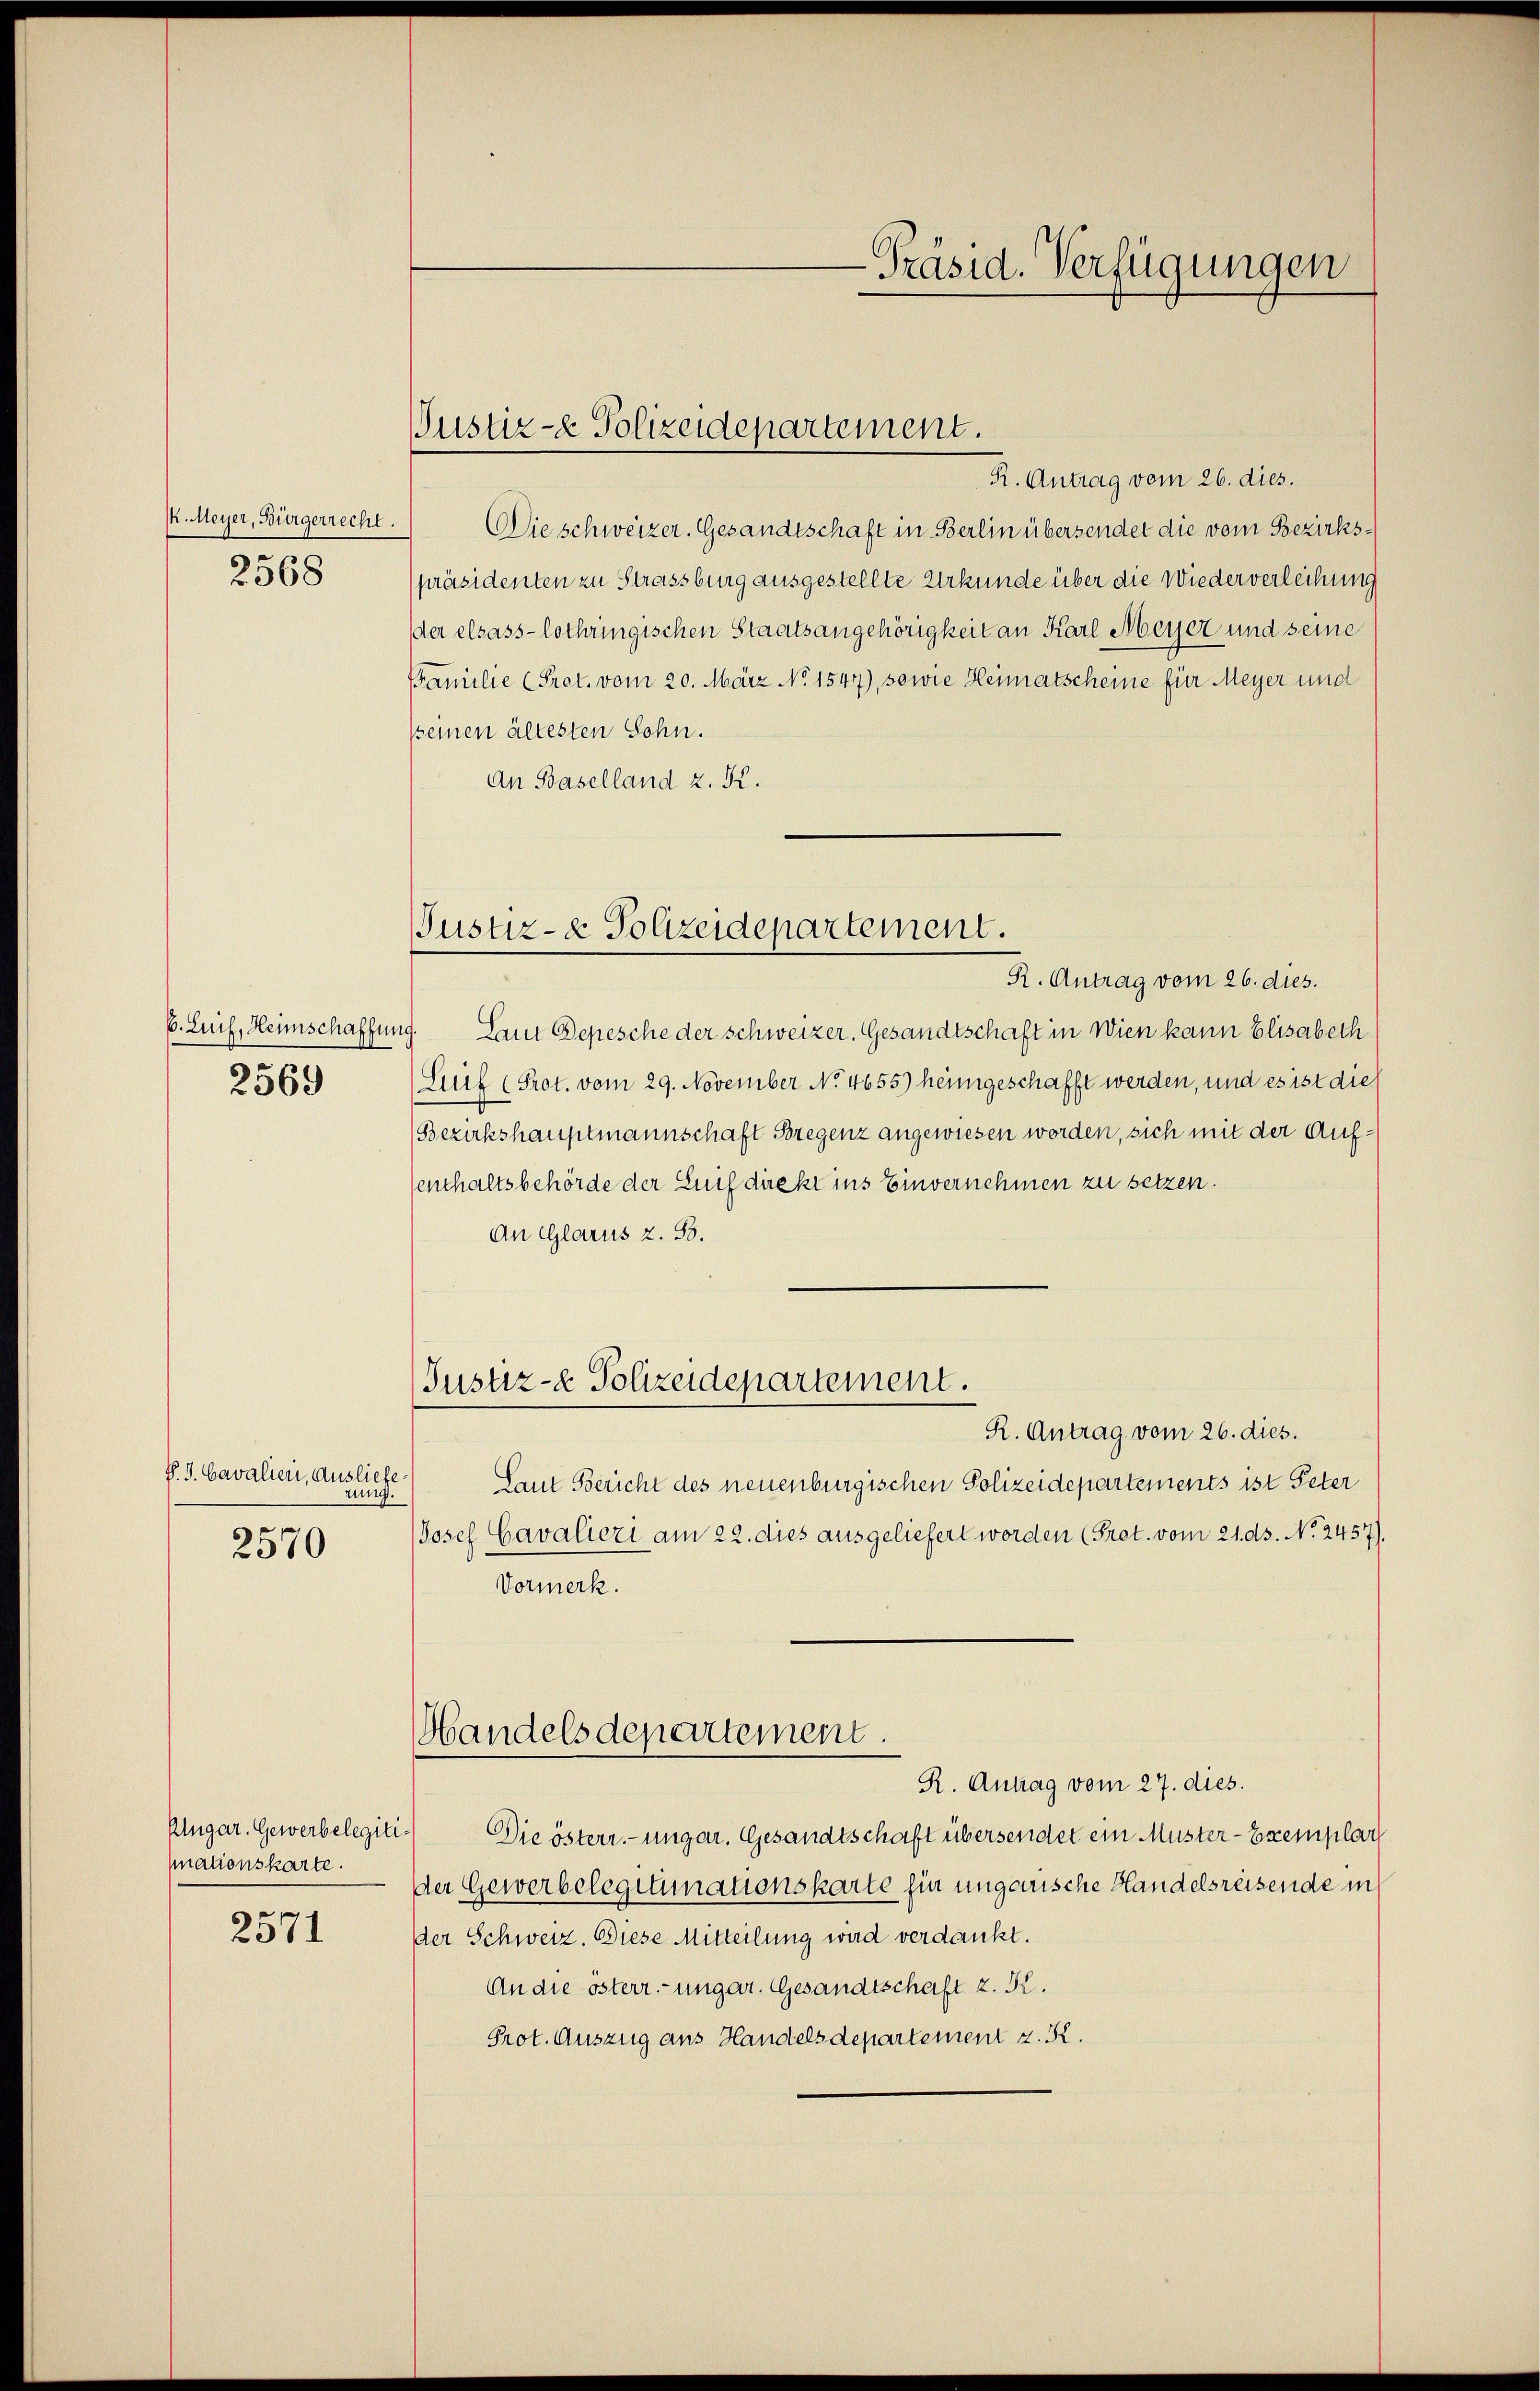
K. Meyer, Bürgerrecht.
2568

b. Luif, Heimschaffen
2569

P. J. Cavalien, Ausliefe.
rung.
2570

Plugar. Gewerbelegitinationskarte.

2571

Justiz- & Polizeidepartement.

Justiz- & Polizeidepartement.

-Präsid. Verfügungen

R. Antrag vom 26. dies.
Die schweizer. Gesandtschaft in Berlin übersendet die vom Bezirkspräsidenten zu Strassburg ausgestellte Urkunde über die Wiederverleihung
der elsass-lothringischen Staatsangehörigkeit an Karl Meyer und seine
FFamilie (Prot. vom 20. März No 1547), sowie Heimatscheine für Meyer und
sseinen ältesten Sohn.
An Baselland z. K.
R. Antrag vom 26. dies.
ig. Laut Depesche der schweizer. Gesandtschaft in Wien kann Elisabeth
Luif (Prot. vom 29. November No 4655) heimgeschafft werden, und es ist die
(Bezirkshauptmannschaft Bregenz angewiesen worden, sich mit der Aufenthaltsbehörde der Zeit direkt ins Einvernehmen zu setzen.
An Glarus z. S.
Justiz- & Polizeidepartement.
R. Antrag vom 26. dies.
Laut Bericht des neuenburgischen Polizeidepartements ist Peter
Josef Cavalieri am 22. dies ausgeliefert worden (Prot. vom 21. ds. No. 2457).
Vormerk.
Handelsdepartement.
R. Antrag vom 27. dies.
Die österr.-ungar. Gesandtschaft übersendet ein Muster-Exemplar
der Gewerbelegitimationskarte hin ungewische Handelsreisende in
der Schweiz. Diese Mitteilung wird verdankt.
An die österr. ungar. Gesandtschaft z. K.
Prot. Auszug aus Handelsdepartement z. R.